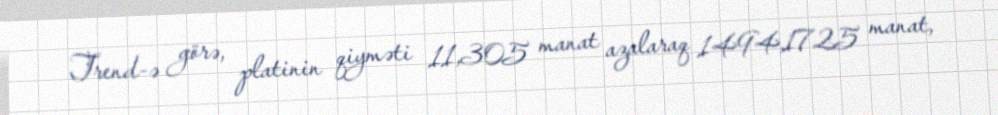
Trend-ə görə, platinin qiyməti 11,305 manat azalaraq 1494,1725 manat,